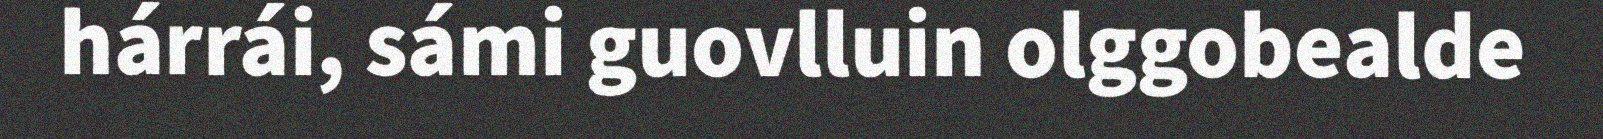
hárrái, sámi guovlluin olggobealde